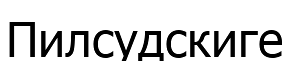
Пилсудскиге